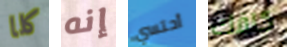
كلا إنه أحتسي كلفك